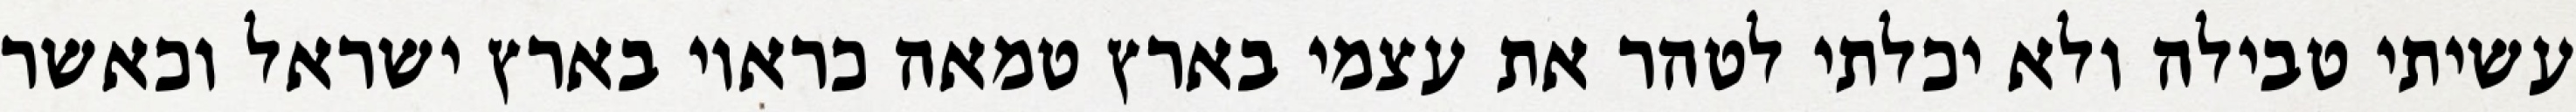
עשיתי טבילה ולא יכלתי לטהר את עצמי בארץ טמאה כראוי בארץ ישראל וכאשר